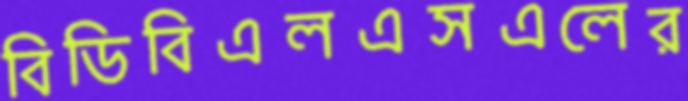
বিডিবিএলএসএলের